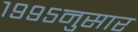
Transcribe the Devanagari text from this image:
१९९५नुसार